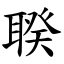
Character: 聧